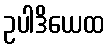
ဥပါဒိယေထ